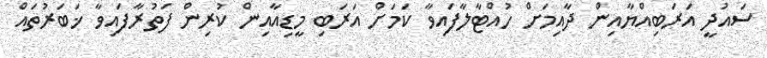
ސައުދީ އަރަބިއްޔާއިން ދާއިމަށް ހުއްޓާލާފައިވާ ކަމަށް އަރަބި މީޑިއާއިން ކުރިން ފަތުރާފައިވާ ޚަބަރުތައް